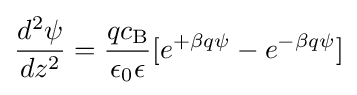
{\frac {d^{2}\psi }{dz^{2}}}={\frac {qc_{\rm {B}}}{\epsilon _{0}\epsilon }}[e^{+\beta q\psi }-e^{-\beta q\psi }]